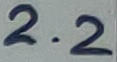
Text: 2.2